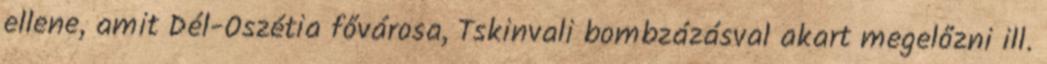
ellene, amit Dél-Oszétia fővárosa, Tskinvali bombzázásval akart megelőzni ill.